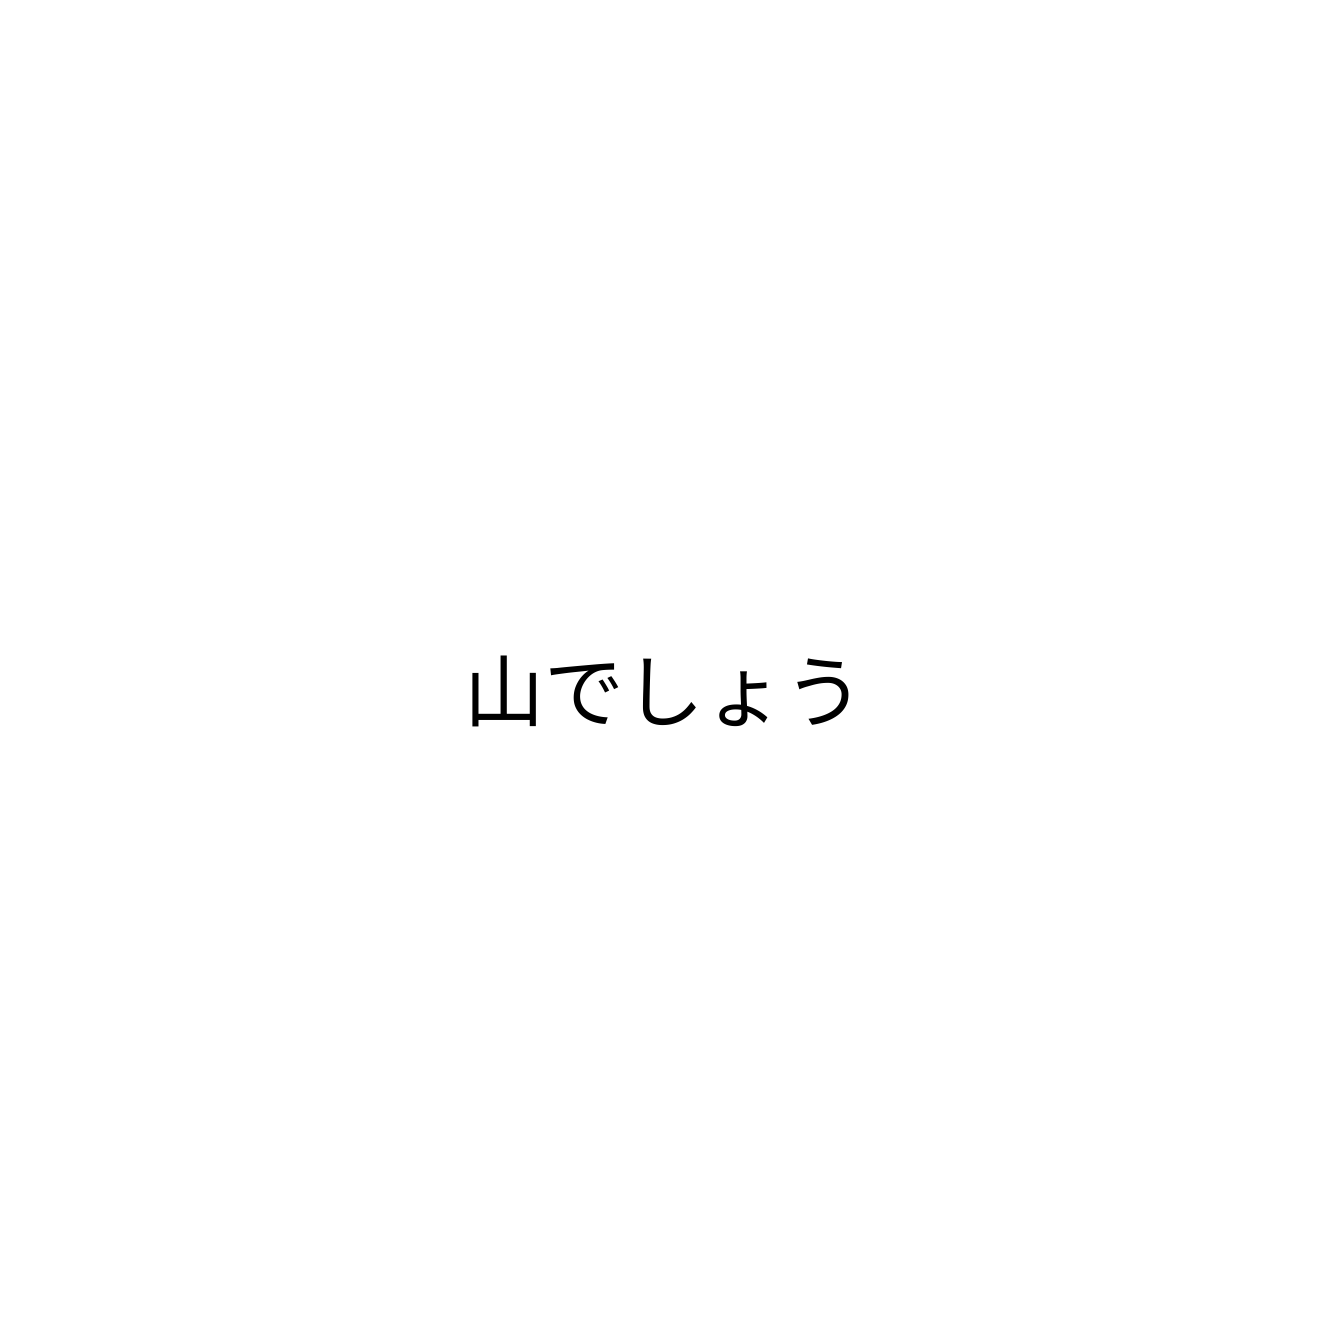
山でしょう